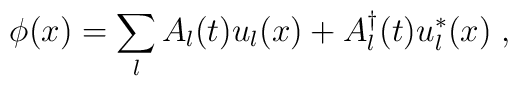
\phi(x)=\sum_{l}A_l(t) u_l(x)+ A^{\dagger}_l(t) u^*_l(x) \; ,